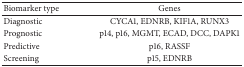
<table><thead><tr><td><b>Biomarker type</b></td><td><b>Genes</b></td></tr></thead><tbody><tr><td>Diagnostic</td><td>CYCA1, EDNRB, KIF1A, RUNX3</td></tr><tr><td>Prognostic</td><td>p14, p16, MGMT, ECAD, DCC, DAPK1</td></tr><tr><td>Predictive</td><td>p16, RASSF</td></tr><tr><td>Screening</td><td>p15, EDNRB</td></tr></tbody></table>